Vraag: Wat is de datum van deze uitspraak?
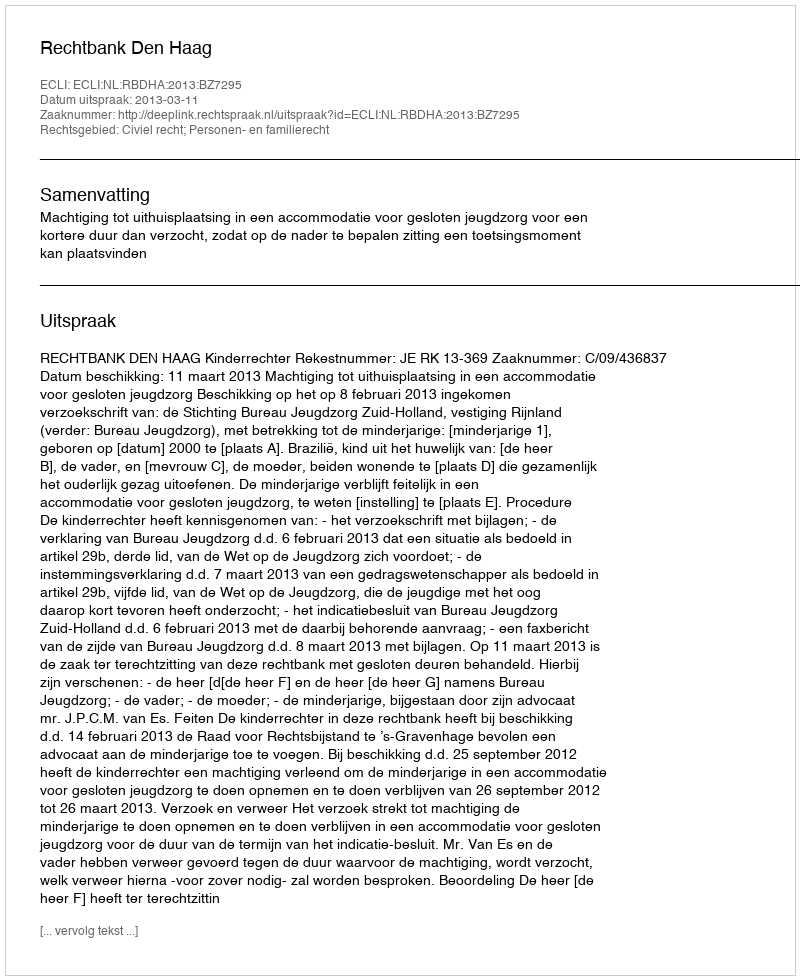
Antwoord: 2013-03-11